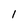
Character: 1